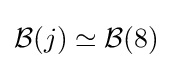
{\mathcal {B}}(j)\simeq {\mathcal {B}}(8)